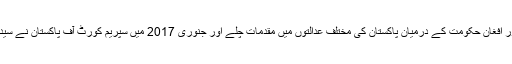
انہوں نے یہ بھی بتایا کہ 1971 سے اس مارکیٹ پر مذکورہ دعوے دار اور افغان حکومت کے درمیان پاکستان کی مختلف عدالتوں میں مقدمات چلے اور جنوری 2017 میں سپریم کورٹ آف پاکستان نے سید زوار حسین کے حق میں فیصلہ دیا تھا، جو افغان حکومت تسلیم نہیں کرتی۔